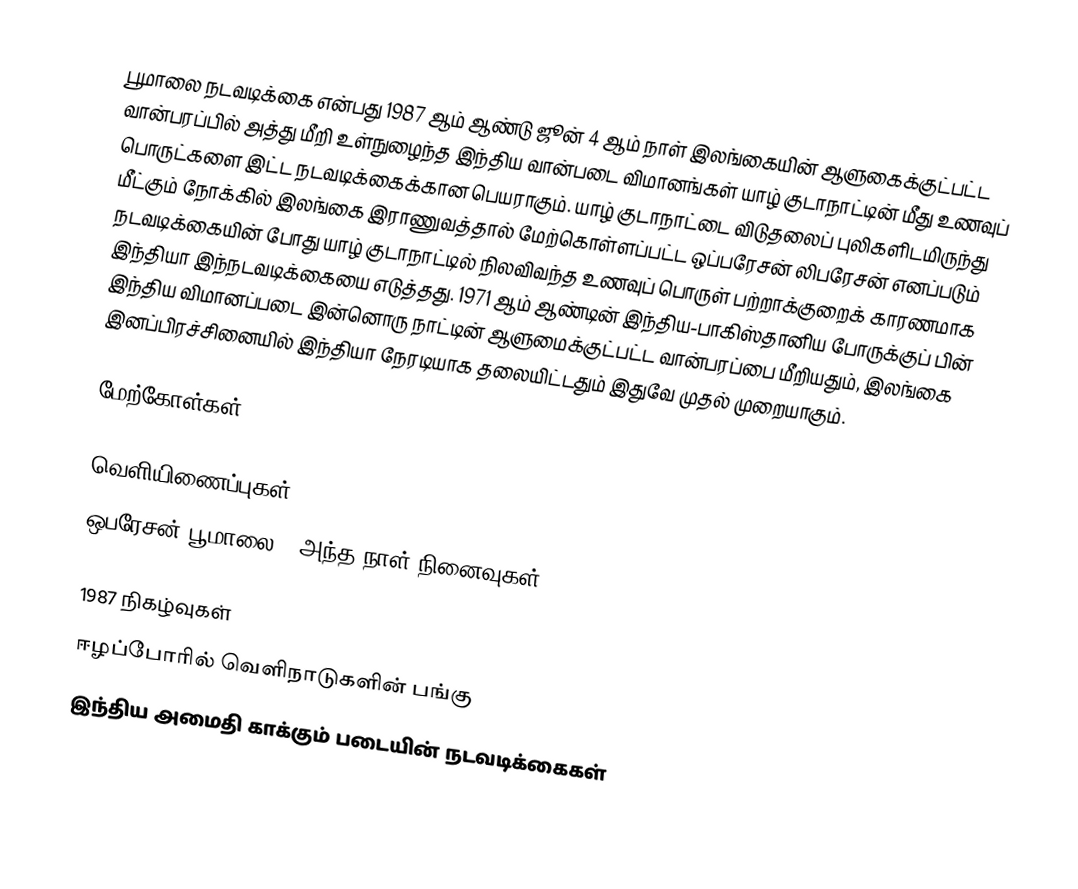
பூமாலை நடவடிக்கை என்பது 1987 ஆம் ஆண்டு ஜூன் 4 ஆம் நாள் இலங்கையின் ஆளுகைக்குட்பட்ட வான்பரப்பில் அத்து மீறி உள்நுழைந்த இந்திய வான்படை விமானங்கள் யாழ் குடாநாட்டின் மீது உணவுப் பொருட்களை இட்ட நடவடிக்கைக்கான பெயராகும். யாழ் குடாநாட்டை  விடுதலைப் புலிகளிடமிருந்து மீட்கும் நோக்கில் இலங்கை இராணுவத்தால் மேற்கொள்ளப்பட்ட ஒப்பரேசன் லிபரேசன் எனப்படும் நடவடிக்கையின் போது யாழ் குடாநாட்டில் நிலவிவந்த உணவுப் பொருள் பற்றாக்குறைக் காரணமாக இந்தியா இந்நடவடிக்கையை எடுத்தது. 1971 ஆம் ஆண்டின் இந்திய-பாகிஸ்தானிய போருக்குப் பின் இந்திய விமானப்படை இன்னொரு நாட்டின் ஆளுமைக்குட்பட்ட வான்பரப்பை மீறியதும், இலங்கை இனப்பிரச்சினையில் இந்தியா நேரடியாக தலையிட்டதும் இதுவே முதல் முறையாகும்.

மேற்கோள்கள்

வெளியிணைப்புகள்
ஒபரேசன் பூமாலை - அந்த நாள் நினைவுகள்

1987 நிகழ்வுகள்
ஈழப்போரில் வெளிநாடுகளின் பங்கு
இந்திய அமைதி காக்கும் படையின் நடவடிக்கைகள்